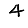
Digit: 4